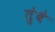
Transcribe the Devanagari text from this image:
तुंबे